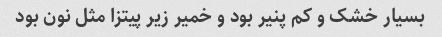
بسیار خشک و کم پنیر بود و خمیر زیر پیتزا مثل نون بود